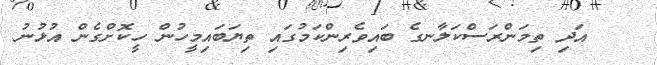
އަދި ތިމަންރަސްކަލާނގެ ބައިވެރިންކަމުގައި ތިޔަބައިމީހުން ހީކޮށްގެން އުޅުނު